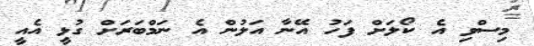
މިސްވި އެ ކޯލަށް ފަހު އޭނާ އަލުން އެ ނަމްބަރަށް ގުޅީ އެއީ